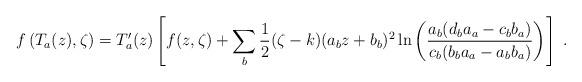
LaTeX: \begin{align*}f\left( T_a(z),\zeta \right) =T'_a(z)\left[ f(z,\zeta) +\sum_b\frac{1}{2}(\zeta -k)(a_bz+b_b)^2\ln \left( \frac{a_b(d_ba_a-c_bb_a)}{c_b(b_ba_a-a_bb_a)}\right) \right] \ .\end{align*}